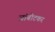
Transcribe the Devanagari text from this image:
जांबोटकर